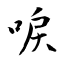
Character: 唳